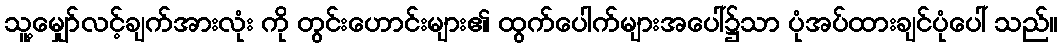
သူ့မျှော်လင့်ချက်အားလုံး ကို တွင်းဟောင်းများ၏ ထွက်ပေါက်များအပေါ်၌သာ ပုံအပ်ထားချင်ပုံပေါ် သည်။